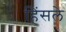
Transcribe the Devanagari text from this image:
हिंसले